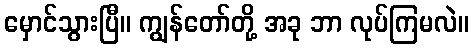
မှောင်သွားပြီ။ ကျွန်တော်တို့ အခု ဘာ လုပ်ကြမလဲ။